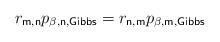
LaTeX: \begin{align*}r_{\mathsf{m,n}}p_{\beta ,\mathsf{n,Gibbs}}=r_{\mathsf{n,m}}p_{\beta ,\mathsf{m,Gibbs}} \end{align*}